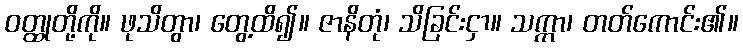
ဝတ္ထုတို့ကို။ ဖုသိတွာ၊ တွေ့ထိ၍။ ဇာနိတုံ၊ သိခြင်းငှာ။ သက္ကာ၊ တတ်ကောင်း၏။